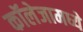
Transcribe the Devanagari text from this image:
कॉलेजामध्ये